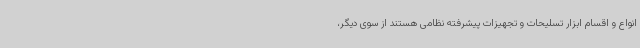
انواع و اقسام ابزار تسلیحات و تجهیزات پیشرفته نظامی هستند از سوی دیگر،